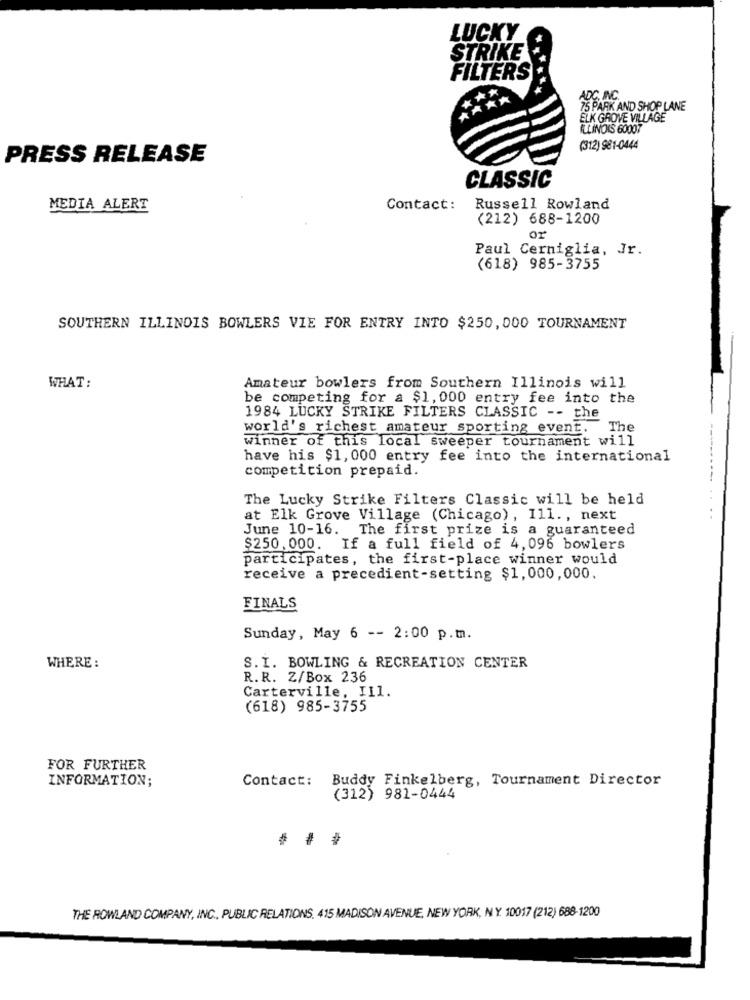
LUCKY
STRIKE
FILTERS
ADC, INC.
75 PARK AND SHOP LANE
ELK GROVE VILLAGE
ILLINOIS 60007
(312) 981-0444
PRESS RELEASE
CLASSIC
MEDIA ALERT
Contact:
Russell Rowland
(212) 688-1200
Paul Cerniglia, Jr.
(618) 985-3755
SOUTHERN ILLINOIS BOWLERS VIE FOR ENTRY INTO $250, 000 TOURNAMENT
WHAT:
Amateur bowlers from Southern Illinois will
be competing for a $1,000 entry fee into the
1984 LUCKY STRIKE FILTERS CLASSIC -- the
world's richest amateur sporting event. The
Winner of this local sweeper tournament will
have his $1, 000 entry fee into the international
competition prepaid.
The Lucky Strike Filters Classic will be held
at Elk Grove Village (Chicago), Ill ., next
June 10-16. The first prize is a guaranteed
$250,000. If a full field of 4,096 bowlers
participates, the first-place winner would
receive a precedient-setting $1,000,000.
FINALS
Sunday, May 6 -- 2:00 p.m.
WHERE :
S.I. BOWLING & RECREATION CENTER
R.R. Z/Box 236
Carterville, IIl.
(618) 985-3755
FOR FURTHER
INFORMATION;
Contact:
Buddy Finkelberg, Tournament Director
(312) 981-0444
THE ROWLAND COMPANY, INC ., PUBLIC RELATIONS, 415 MADISON AVENUE, NEW YORK, NY 10017 (212) 688-1200